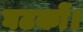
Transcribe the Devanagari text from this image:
घटकों।